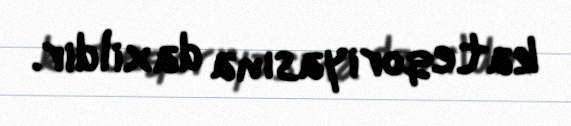
kateqoriyasına daxildir.